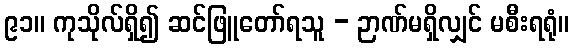
၉၁။ ကုသိုလ်ရှိ၍ ဆင်ဖြူတော်ရသူ - ဉာဏ်မရှိလျှင် မစီးရရုံ။